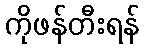
ကိုဖန်တီးရန်